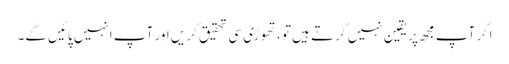
اگر آپ مجھ پر یقین نہیں کرتے ہیں تو ، تھوڑی سی تحقیق کریں اور آپ انہیں پائیں گے۔